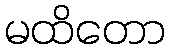
မထိတော